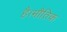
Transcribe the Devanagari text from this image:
है।भौतिक